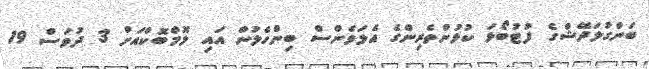
ބަންގުލަދޭޝްގެ ފުޓުބޯޅަ ކުޅުންތެރިންގެ އެލަވެންސް ބިންހެލުން އައި ލޮމްބޮކްއަށް 3 ދުވަސް 19